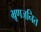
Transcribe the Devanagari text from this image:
भ्रूणजनित